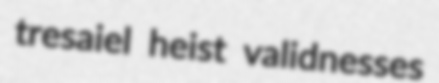
tresaiel heist validnesses